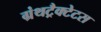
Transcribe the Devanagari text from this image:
ग्रंथट्रैक्टेटस